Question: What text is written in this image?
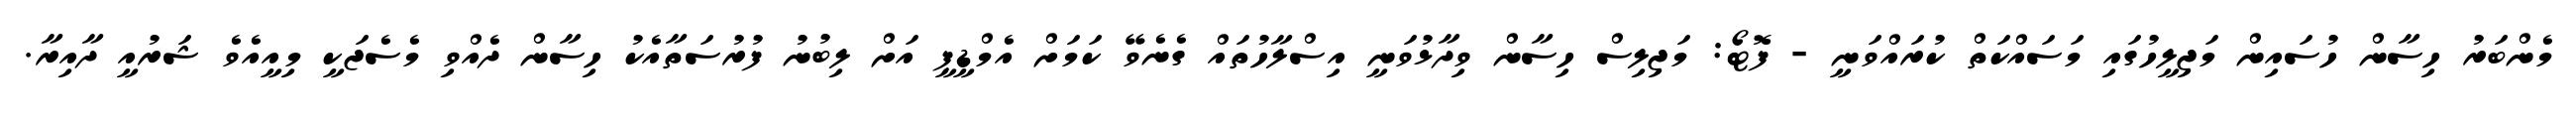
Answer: މެންބަރު ހިސާން ހުސައިން މަޖިލީހުގައި މަސައްކަތް ކުރައްވަނީ - ފޮޓޯ: މަޖިލިސް ހިސާން ވިދާޅުވަނީ އިސްލާހުތައް ގެނެވޭ ކަމަށް އެމްޑީޕީ އަށް ލިބުނު ފުރުސަތާއެކު ހިސާން ދެއްވި މެސެޖަކީ މިއީއެވެ ޝަރުއީ ދާއިރާ.